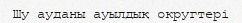
Шу ауданы ауылдық округтері